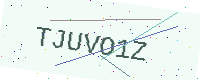
Text: TJUVO1Z